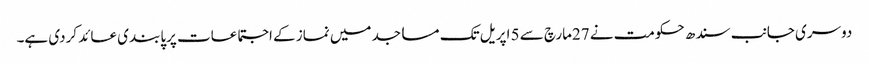
دوسری جانب سندھ حکومت نے 27مارچ سے 5 اپریل تک مساجد میں نماز کے اجتماعات پرپابندی عائد کردی ہے۔